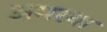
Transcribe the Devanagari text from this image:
अमरवा